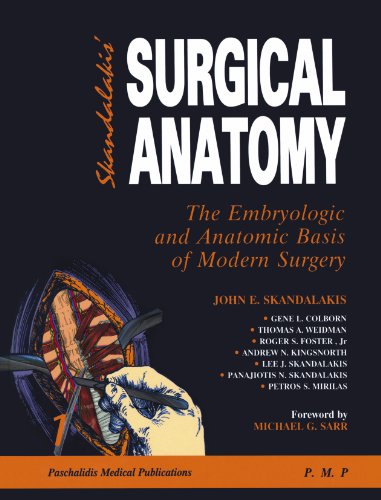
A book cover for Skandalakis Surgical Anatomy: The Embryologic and Anatomic Basis of Modern Surgery 2 Vol. set (Skandalakis, Surgical Anatomy 2 vol set); Lee John Skandalakis; Medical Books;